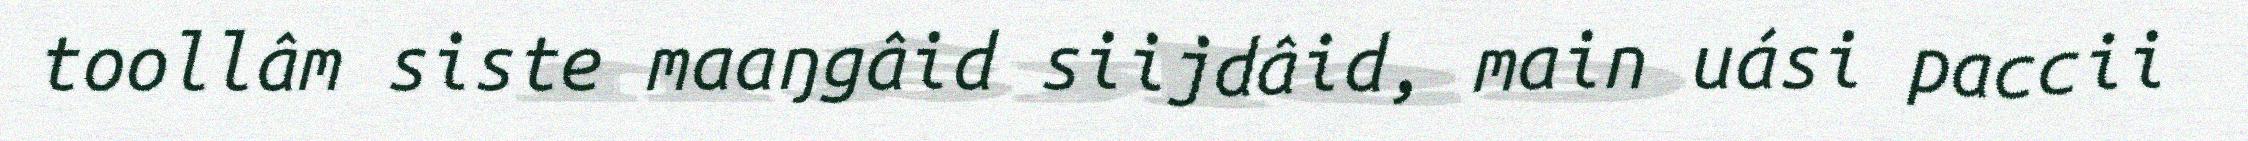
toollâm siste maaŋgâid siijdâid, main uási paccii